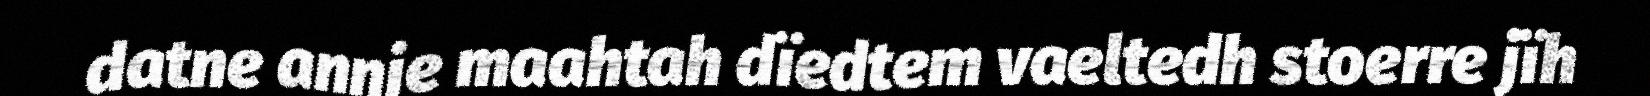
datne annje maahtah dïedtem vaeltedh stoerre jïh